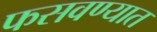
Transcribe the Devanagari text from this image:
फसवण्यात